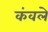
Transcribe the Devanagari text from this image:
कंवले